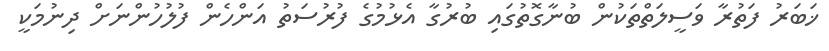
ޚަބަރު ފަތުރާ ވަސީލަތްތަކުން ބުނާގޮތުގައި ބުރުގާ އެޅުމުގެ ފުރުސަތު އަންހެން ފުލުހުންނަށް ދިނުމަކީ